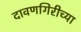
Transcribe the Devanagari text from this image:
दावणगिरीच्या